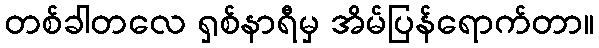
တစ်ခါတလေ ရှစ်နာရီမှ အိမ်ပြန်ရောက်တာ။